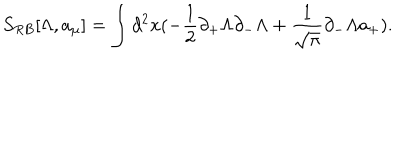
LaTeX: S _ { R B } [ \Lambda , a _ { \mu } ] = \int d ^ { 2 } x ( - \frac { 1 } { 2 } \partial _ { + } \Lambda \partial _ { - } \Lambda + \frac { 1 } { \sqrt { \pi } } \partial _ { - } \Lambda a _ { + } ) .